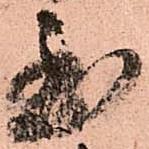
至